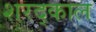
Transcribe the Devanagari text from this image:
शरद्काल